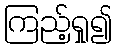
ကြည့်ရှု၍